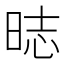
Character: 𣇌